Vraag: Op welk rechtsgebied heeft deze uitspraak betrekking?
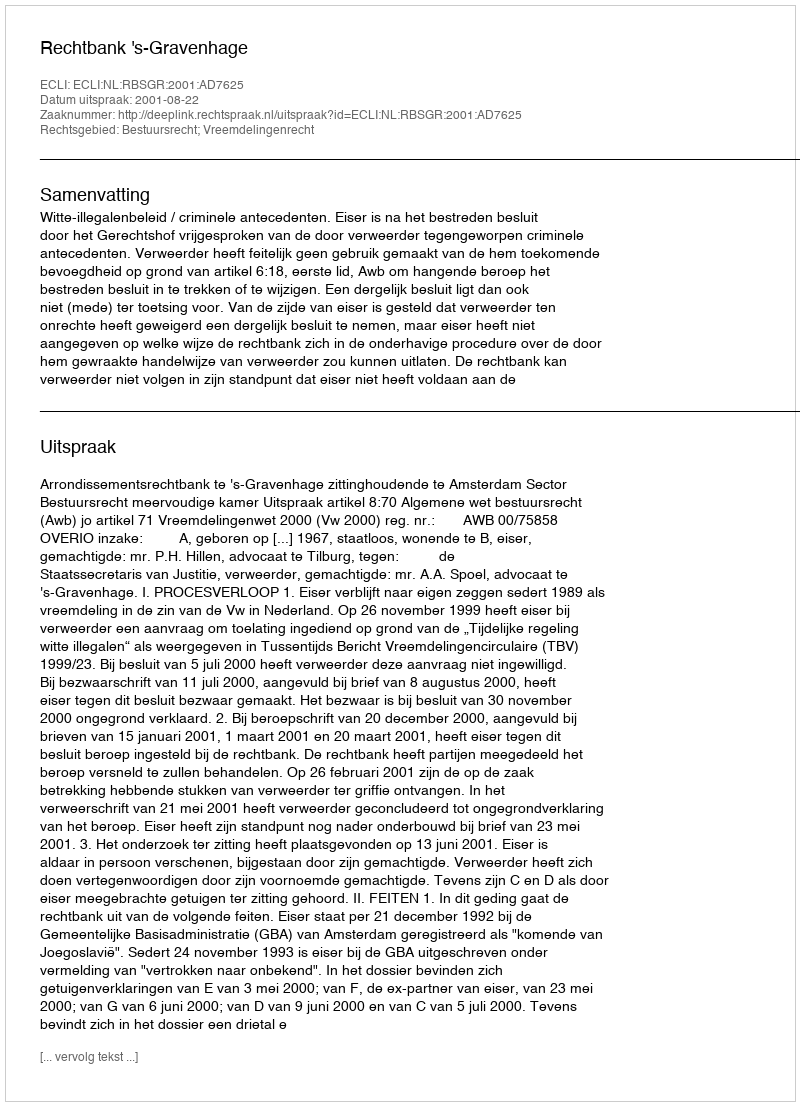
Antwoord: Bestuursrecht; Vreemdelingenrecht